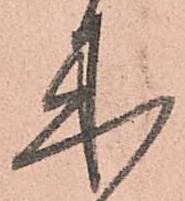
来